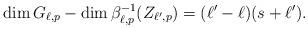
LaTeX: \begin{align*}\dim G_{\ell,p} - \dim \beta_{\ell,p}^{-1}(Z_{\ell',p})= (\ell' - \ell)(s + \ell').\end{align*}